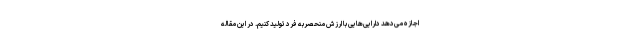
اجازه می‌دهد دارایی‌هایی با ارزش منحصربه فرد تولید کنیم. در این مقاله